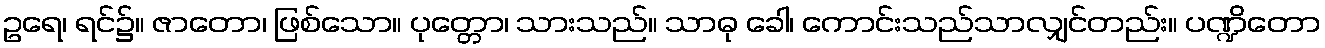
ဥရေ၊ ရင်၌။ ဇာတော၊ ဖြစ်သော။ ပုတ္တော၊ သားသည်။ သာဓု ခေါ၊ ကောင်းသည်သာလျှင်တည်း။ ပဏ္ဍိတော